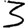
Digit: 3